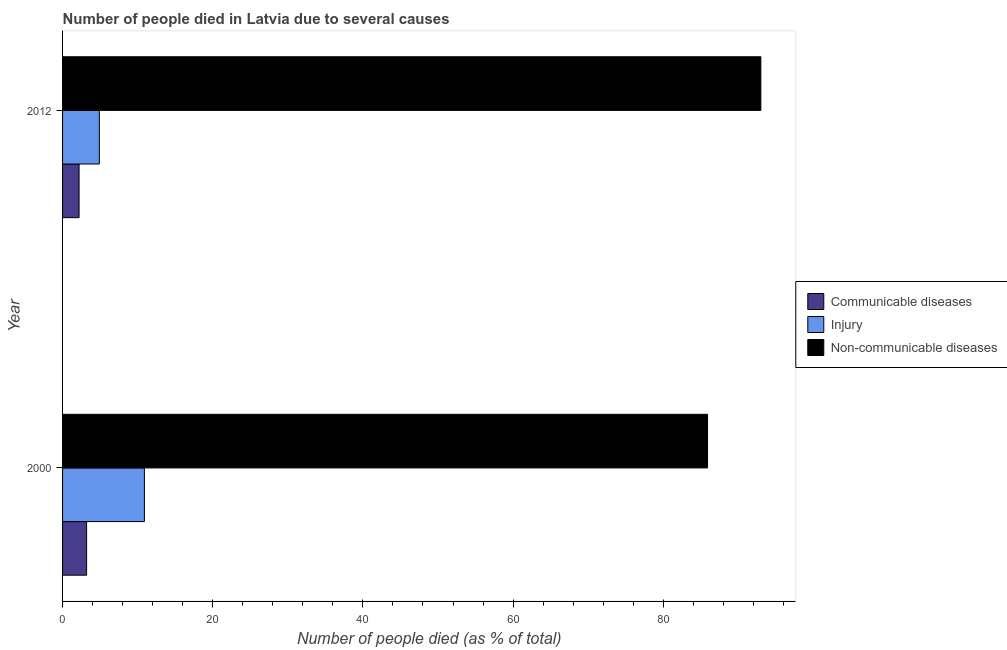
| Year | Communicable diseases | Injury | Non-communicable diseases |
 | --- | --- | --- | --- |
 | 2000 | 3.2 | 10.9 | 85.9 |
 | 2012 | 2.2 | 4.9 | 93 |